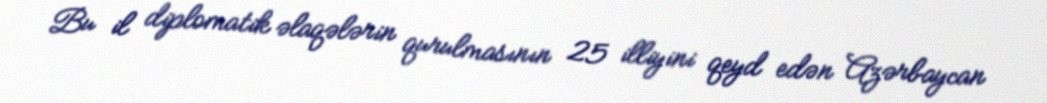
Bu il diplomatik əlaqələrin qurulmasının 25 illiyini qeyd edən Azərbaycan